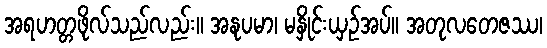
အရဟတ္တဖိုလ်သည်လည်း။ အနုပမာ၊ မနှိုင်းယှဉ်အပ်။ အတုလတေဇဿ၊